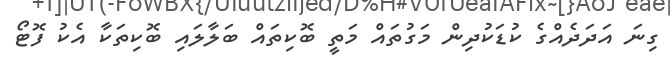
ގިނަ އަދަދެއްގެ ކުޑަކުދިން މަގުތައް މަތީ ބޮކިތައް ބަލާލައި ބޮކިތަކާ އެކު ފޮޓޯ